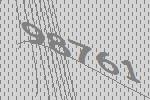
98761